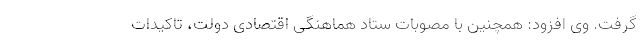
گرفت. وی افزود: همچنین با مصوبات ستاد هماهنگی اقتصادی دولت، تاکیدات